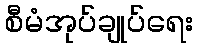
စီမံအုပ်ချုပ်ရေး